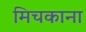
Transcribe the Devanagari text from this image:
मिचकाना